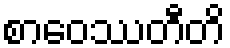
စာဝေဿတီတိ